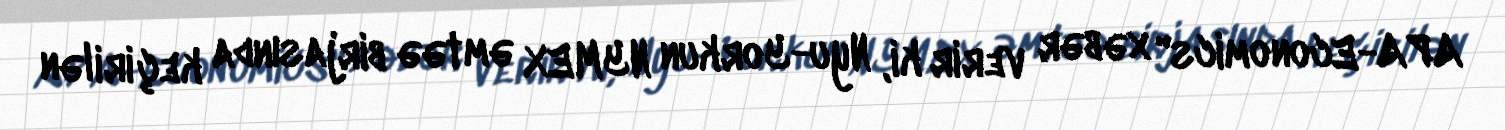
APA-Economics" xəbər verir ki, Nyu-Yorkun NYMEX əmtəə birjasında keçirilən